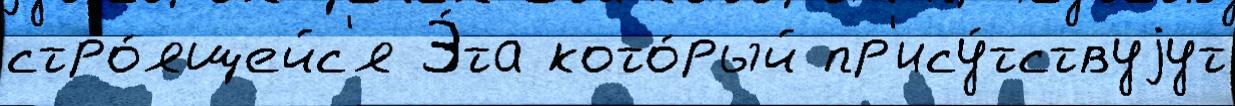
стро́ящейс'я Э́та кото́рый пр'ису́тствуjут